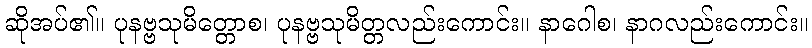
ဆိုအပ်၏။ ပုနဗ္ဗသုမိတ္တောစ၊ ပုနဗ္ဗသုမိတ္တလည်းကောင်း။ နာဂေါစ၊ နာဂလည်းကောင်း။